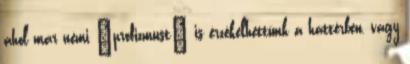
ahol már némi „profizmust” is érzékelhettünk a háttérben, vagy